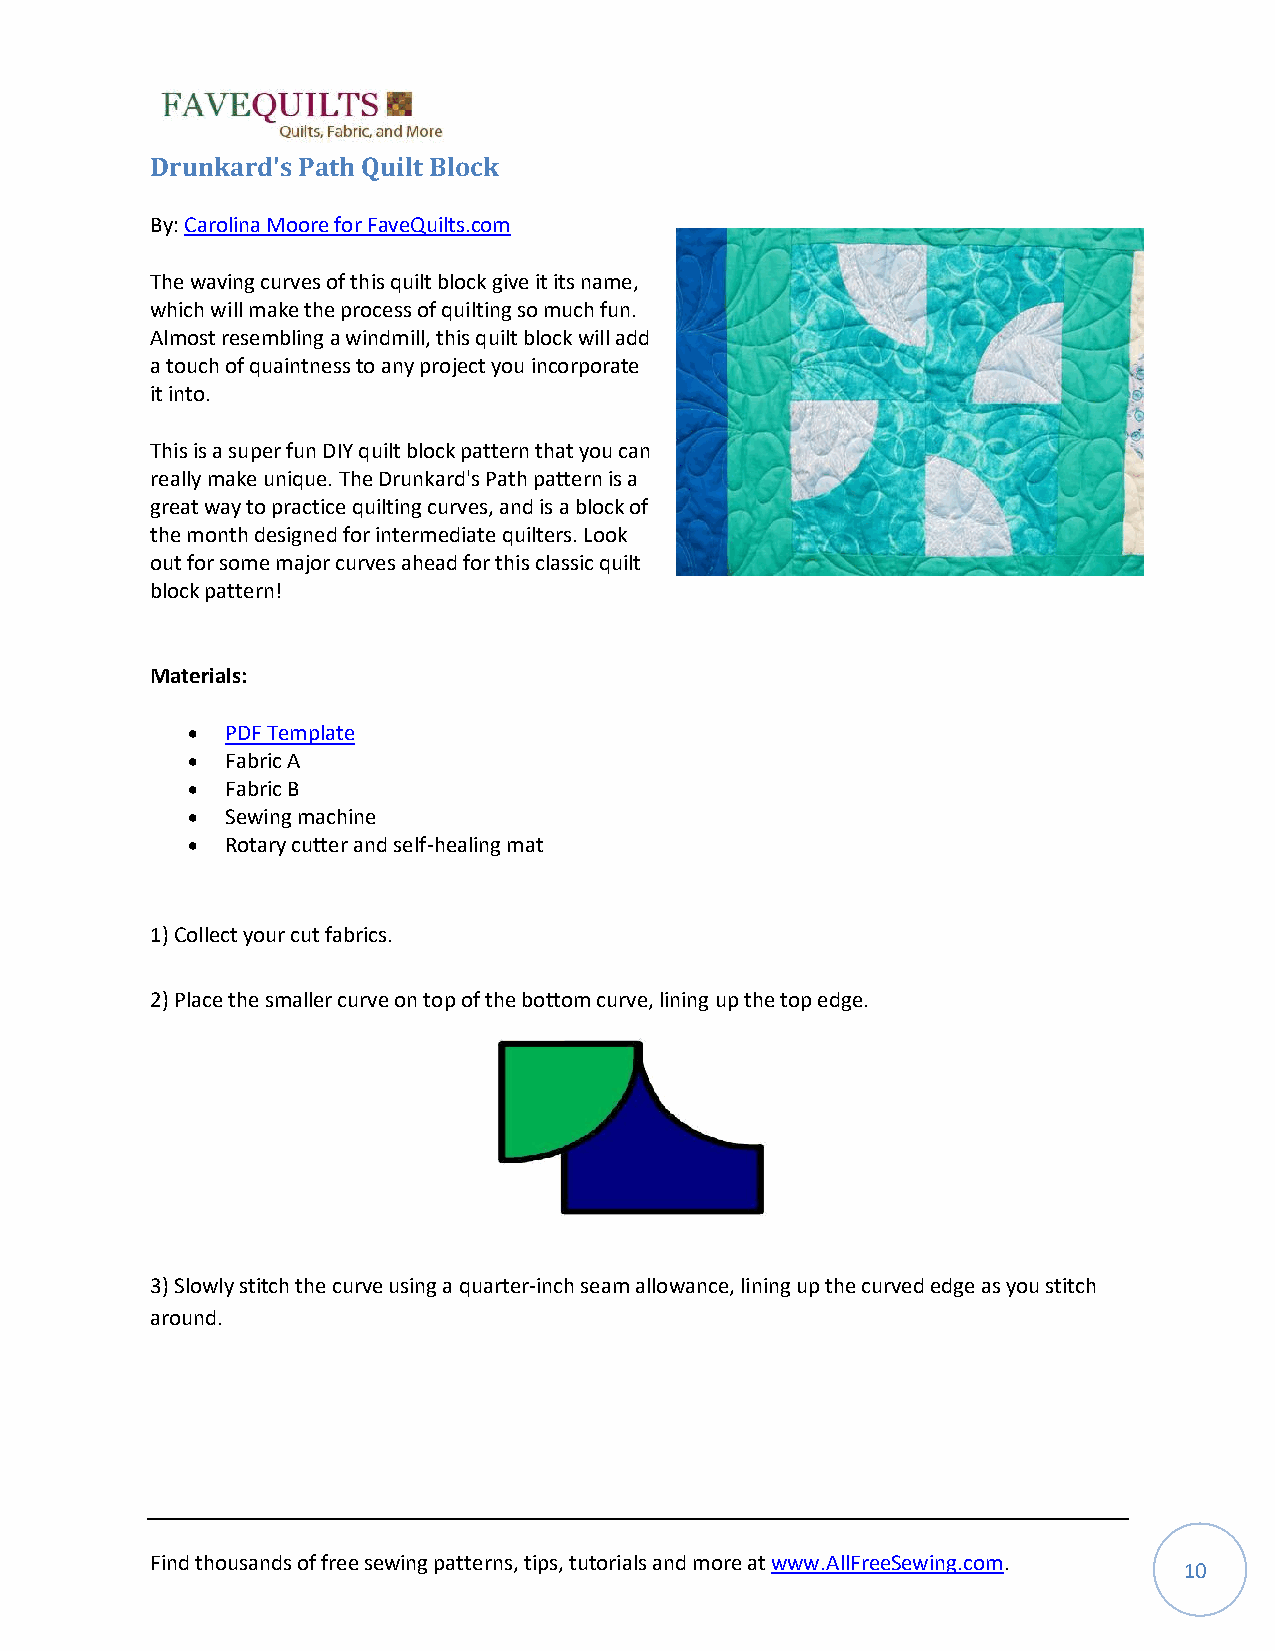
Drunkard's Path Quilt Block
 By: Carolina Moore for FaveQuilts.com
 The waving curves of this quilt block give it its name,
 which will make the process of quilting so much fun.
 Almost resembling a windmill, this quilt block will add
 a touch of quaintness to any project you incorporate
 it into.
 This is a super fun DIY quilt block pattern that you can
 really make unique. The Drunkard's Path pattern is a
 great way to practice quilting curves, and is a block of
 the month designed for intermediate quilters. Look
 out for some major curves ahead for this classic quilt
 block pattern!
 Materials:
 •  PDF Template
 •  Fabric A
 •  Fabric B
 •  Sewing machine
 •  Rotary cutter and self-healing mat
 1) Collect your cut fabrics.
 2) Place the smaller curve on top of the bottom curve, lining up the top edge.
 3) Slowly stitch the curve using a quarter-inch seam allowance, lining up the curved edge as you stitch
 around.
 Find thousands of free sewing patterns, tips, tutorials and more at www.AllFreeSewing.com.
 10